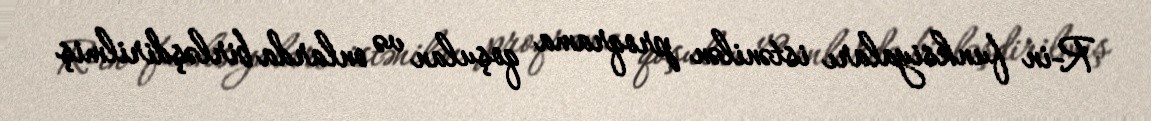
R-in funksiyaları istənilən proqrama qoşulan və onlarda birləşdirilmiş